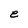
Character: e